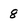
Character: 8